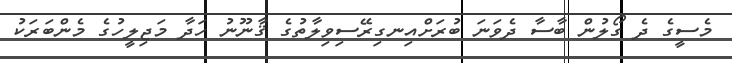
މެސީގެ ދެ ގޯލުން ބާސާ ދެވަނަ ބުރަށްއިނގިރޭސިވިލާތުގެ ޤާނޫނު ހަދާ މަޖިލީހުގެ މެންބަރަކު